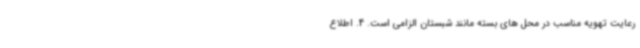
رعایت تهویه مناسب در محل های بسته مانند شبستان الزامی است. 4. اطلاع